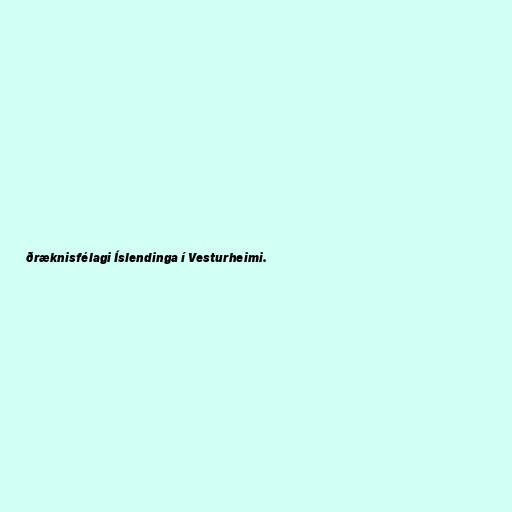
ðræknisfélagi Íslendinga í Vesturheimi.